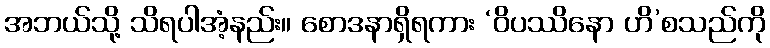
အဘယ်သို့ သိရပါအံ့နည်း။ စောဒနာရှိရကား ‘ဝိပဿိနော ဟိ’စသည်ကို